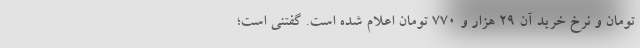
تومان و نرخ خرید آن ۲۹ هزار و ۷۷۰ تومان اعلام شده است. گفتنی است؛